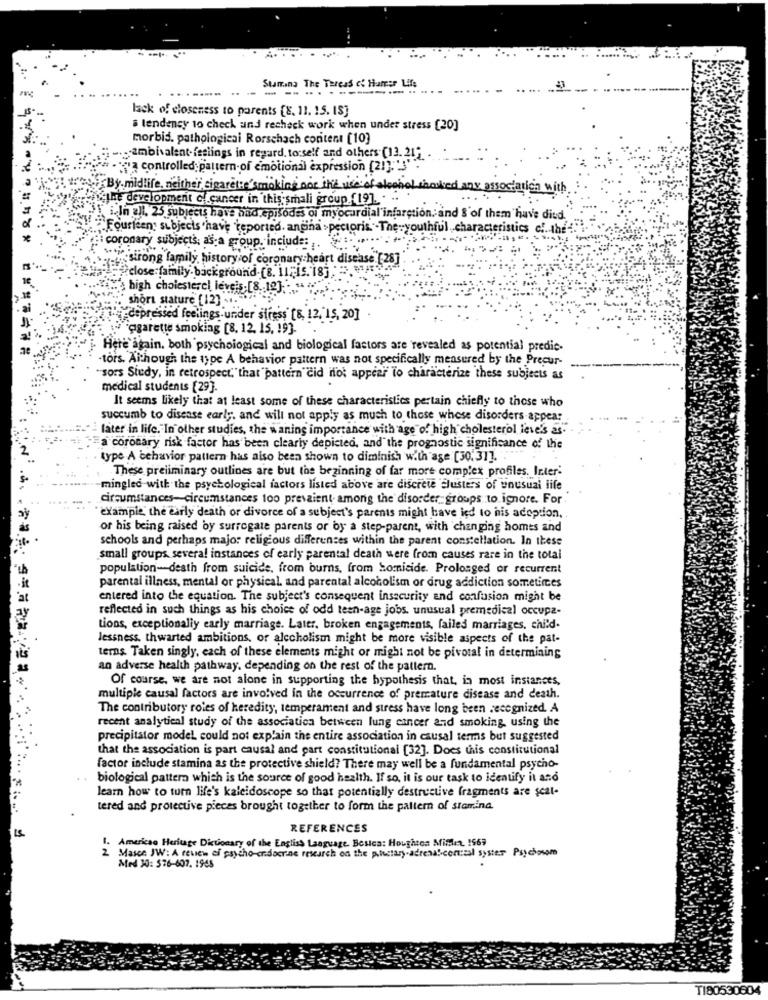
Stamina The Tareas &' Hamer Life
-- - -...-------..
lack of closeness to parents [8, 11. 15. 15]
a tendency to check and recheck work when under stress [20]
morbid. pathological Rorschach content [10]
1 ... ambivalent-feslings in regard, to:self and others (13. 21.
controlled pattern-of emotional expression [21],"'3'
By midlife. neither cigarete smoking noe ine vise of
the development & cancer in this smali group (19]. . .
dany association with:
! i In all. 25 subjects have had episodes oi myocardial infarction. and S'of them have died.
"Fourteen: subjects have reported. angina pectoris."-The-youthful, characteristics c ... th
coronary subjects; as a group. inciude:
yesirong family history of coronary heart disease [28]
/close:family. background-(8. 11; is. 18] ;
high cholesterol levels.[8 .. 19]
short stature [12]
depressed feelings under stress [8, 12, 15, 20]
"ggarette smoking [8, 12. 15, 19].
Here again. both psychological and biological factors are revealed as potential predic-
tors. Although the type A behavior pattern was not specifically measured by the Precur-
"sors Sindy, in retrospect," that "pattern cid not appear to characterize these subjects as
medical students [29].
It seems likely that at least some of these characteristics pertain chiefly to those who
succumb to disease early, and will not apply as much to those whose disorders appear
later in life. In other studies, the waning importance with age of high cholesterol leve's &s.
a coronary risk factor has been clearly depicted, and the prognostic significance of the
type A behavior pattern has also been shown to diminish with age [30.31] .. "
These preliminary outlines are but the beginning of far more complex profiles. Inter
mingled with the psychological factors listed above are discrete Clusters of unusual life
circumstances-circumstances too prevaient. among the disorder groups to ignore. For.
example, the early death or divorce of a subject's parents might have icd to his adoption,
or his being raised by surrogate parents or by a step-parent, with changing homes and
schools and perhaps major religious differences within the parent constellation. In thess
small groups several instances of early parental death were from causes rare in the total
population-death from suicide, from burns, from homicide. Prolonged or recurrent
parental illness, mental or physical. and parental alcoholism or drug addiction sometimes
entered into the equation. The subject's consequent insecurity and confusion might be
reflected in such things as his choice of odd teen-age jobs. unusual premedical occupa-
tions, exceptionally early marriage. Later, broken engagements, failed marriages, child-
Jessness. thwarted ambitions, or alcoholism might be more visible aspects of the pat-
terns. Taken singly, each of these elements might or might not be pivotal in determining
an adverse health pathway, depending on the rest of the pattern.
Of course. we are not alone in supporting the hypothesis that, in most instances,
multiple causal factors are involved in the occurrence of premature disease and death.
The contributory roles of heredity, temperament and stress have long been recognized. A
recent analytical study of the association between lung cancer and smoking, using the
precipitator model could not explain the entire association in causal terms but suggested
that the association is part causal and part constitutional [32]. Does this constitutional
factor include stamina as the protective shield? There may well be a fundamental psycho-
. . biological pattern which is the source of good health. If so, it is our task to identify it and
learn how to turn life's kaleidoscope so that potentially destructive fragments are seat-
tered and protective pieces brought together to form the pattern of stamina
15
REFERENCES
1. American Heritage Dictionary of the English Language. Bosca: Houghton Millet. 1969
Masse JW: A review of psycho-endocrine research on the prietary adrenalconical system Psychosom
Med 20: 576-607. 1948
1180530604